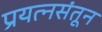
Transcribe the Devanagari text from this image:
प्रयत्‍नसंतून